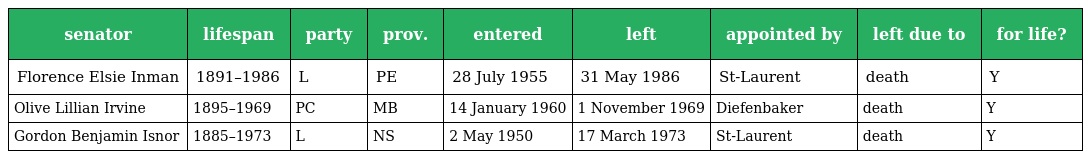
| senator | lifespan | party | prov. | entered | left | appointed by | left due to | for life? |
 | --- | --- | --- | --- | --- | --- | --- | --- | --- |
 | Florence Elsie Inman | 1891–1986 | L | PE | 28 July 1955 | 31 May 1986 | St-Laurent | death | Y |
 | Olive Lillian Irvine | 1895–1969 | PC | MB | 14 January 1960 | 1 November 1969 | Diefenbaker | death | Y |
 | Gordon Benjamin Isnor | 1885–1973 | L | NS | 2 May 1950 | 17 March 1973 | St-Laurent | death | Y |